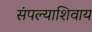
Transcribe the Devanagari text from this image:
संपल्याशिवाय